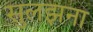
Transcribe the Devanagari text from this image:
सुलझना